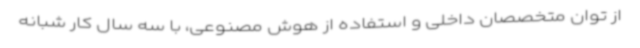
از توان متخصصان داخلی و استفاده از هوش مصنوعی، با سه سال کار شبانه